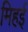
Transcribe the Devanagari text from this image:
मिहई